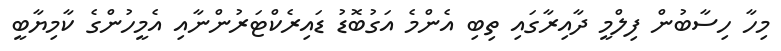
މިހާ ހިސާބުން ފިލްމީ ދާއިރާގައި ތިބި އެންމެ އަގުބޮޑު ޑައިރެކްޓަރުންނާއި އެމީހުންގެ ކާމިޔާބީ